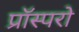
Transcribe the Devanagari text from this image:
प्रॉस्परो